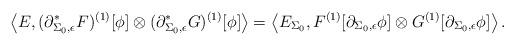
LaTeX: \begin{align*} \left\langle E, (\partial_{\Sigma_0, \epsilon}^{*}F)^{(1)}[\phi] \otimes (\partial_{\Sigma_0, \epsilon}^{*}G)^{(1)}[\phi] \right\rangle = \left\langle E_{\Sigma_0}, F^{(1)}[\partial_{\Sigma_0, \epsilon} \phi] \otimes G^{(1)}[\partial_{\Sigma_0, \epsilon} \phi] \right\rangle. \end{align*}